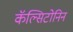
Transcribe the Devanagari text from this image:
कॅल्सिटोनिन